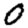
Digit: 0